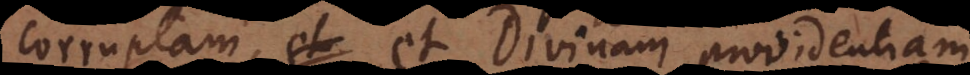
corruptam, et Divinam providentiam